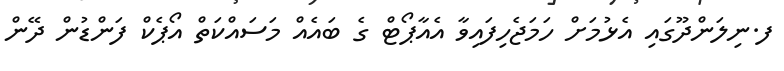
ފ.ނިލަންދޫގައި އެޅުމަށް ހަމަޖެހިފައިވާ އެއާޕޯޓް ގެ ބައެއް މަސައްކަތް އޯޕެކް ފަންޑުން ދޭން